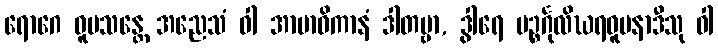
ရောဂေ ဝူပသန္တေ အညေသံ ဝါ အာဗာဓိကာနံ ဒါတဗ္ဗာ, ဒွါရေ ပဉ္စင်္ဂုလိဃရဓူပနာဒီသု ဝါ